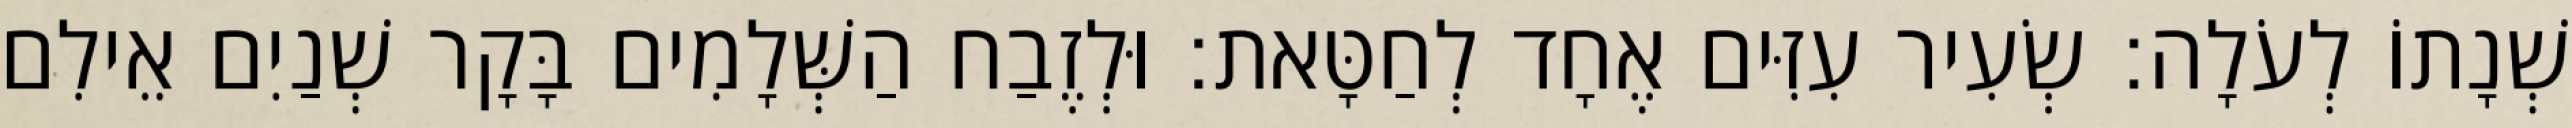
שְׁנָתוֹ לְעֹלָה׃ שְׂעִיר עִזִּים אֶחָד לְחַטָּאת׃ וּלְזֶבַח הַשְּׁלָמִים בָּקָר שְׁנַיִם אֵילִם